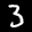
Label: 3